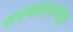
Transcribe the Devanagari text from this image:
सवभावजन्या